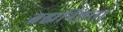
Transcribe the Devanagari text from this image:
ब्रह्मनिष्ठता